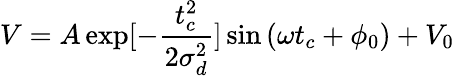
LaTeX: V=A\exp[-\frac{t_{c}^{2}}{2\sigma_{d}^{2}}]\sin{(\omega t_{c}+\phi_{0})}+V_{0}